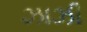
ઝાઝી